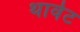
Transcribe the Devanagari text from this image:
थार्वट